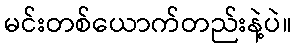
မင်းတစ်ယောက်တည်းနဲ့ပဲ။